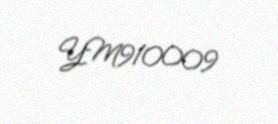
YM910009